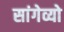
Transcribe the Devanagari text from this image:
सांगेव्यो